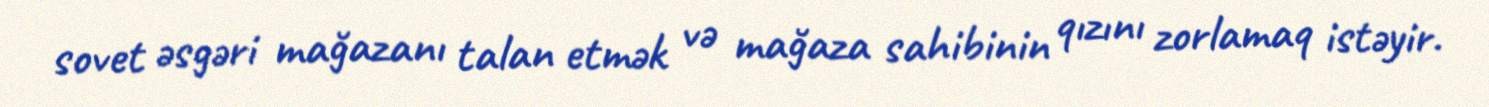
sovet əsgəri mağazanı talan etmək və mağaza sahibinin qızını zorlamaq istəyir.